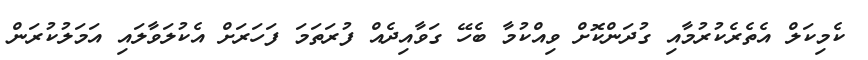
ކެމިކަލް އެތެރެކުރުމާއި ގުދަންކޮށް ވިއްކުމާ ބެހޭ ގަވާއިދެއް ފުރަތަމަ ފަހަރަށް އެކުލަވާލައި އަމަލުކުރަން